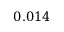
0 . 0 1 4